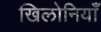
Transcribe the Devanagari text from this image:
खिलोनियाँ